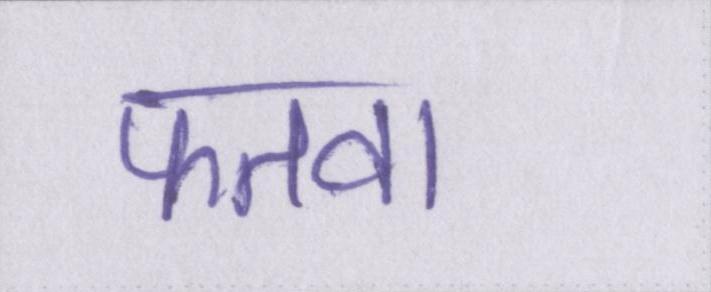
फतवा